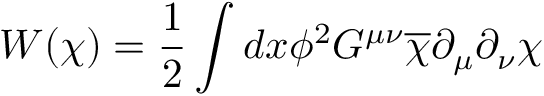
W ( \chi ) = \frac { 1 } { 2 } \int d x \phi ^ { 2 } G ^ { \mu \nu } \overline { { { \chi } } } \partial _ { \mu } \partial _ { \nu } \chi